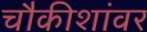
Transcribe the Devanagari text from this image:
चौकीशांवर